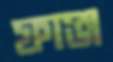
ফাঞ্জ